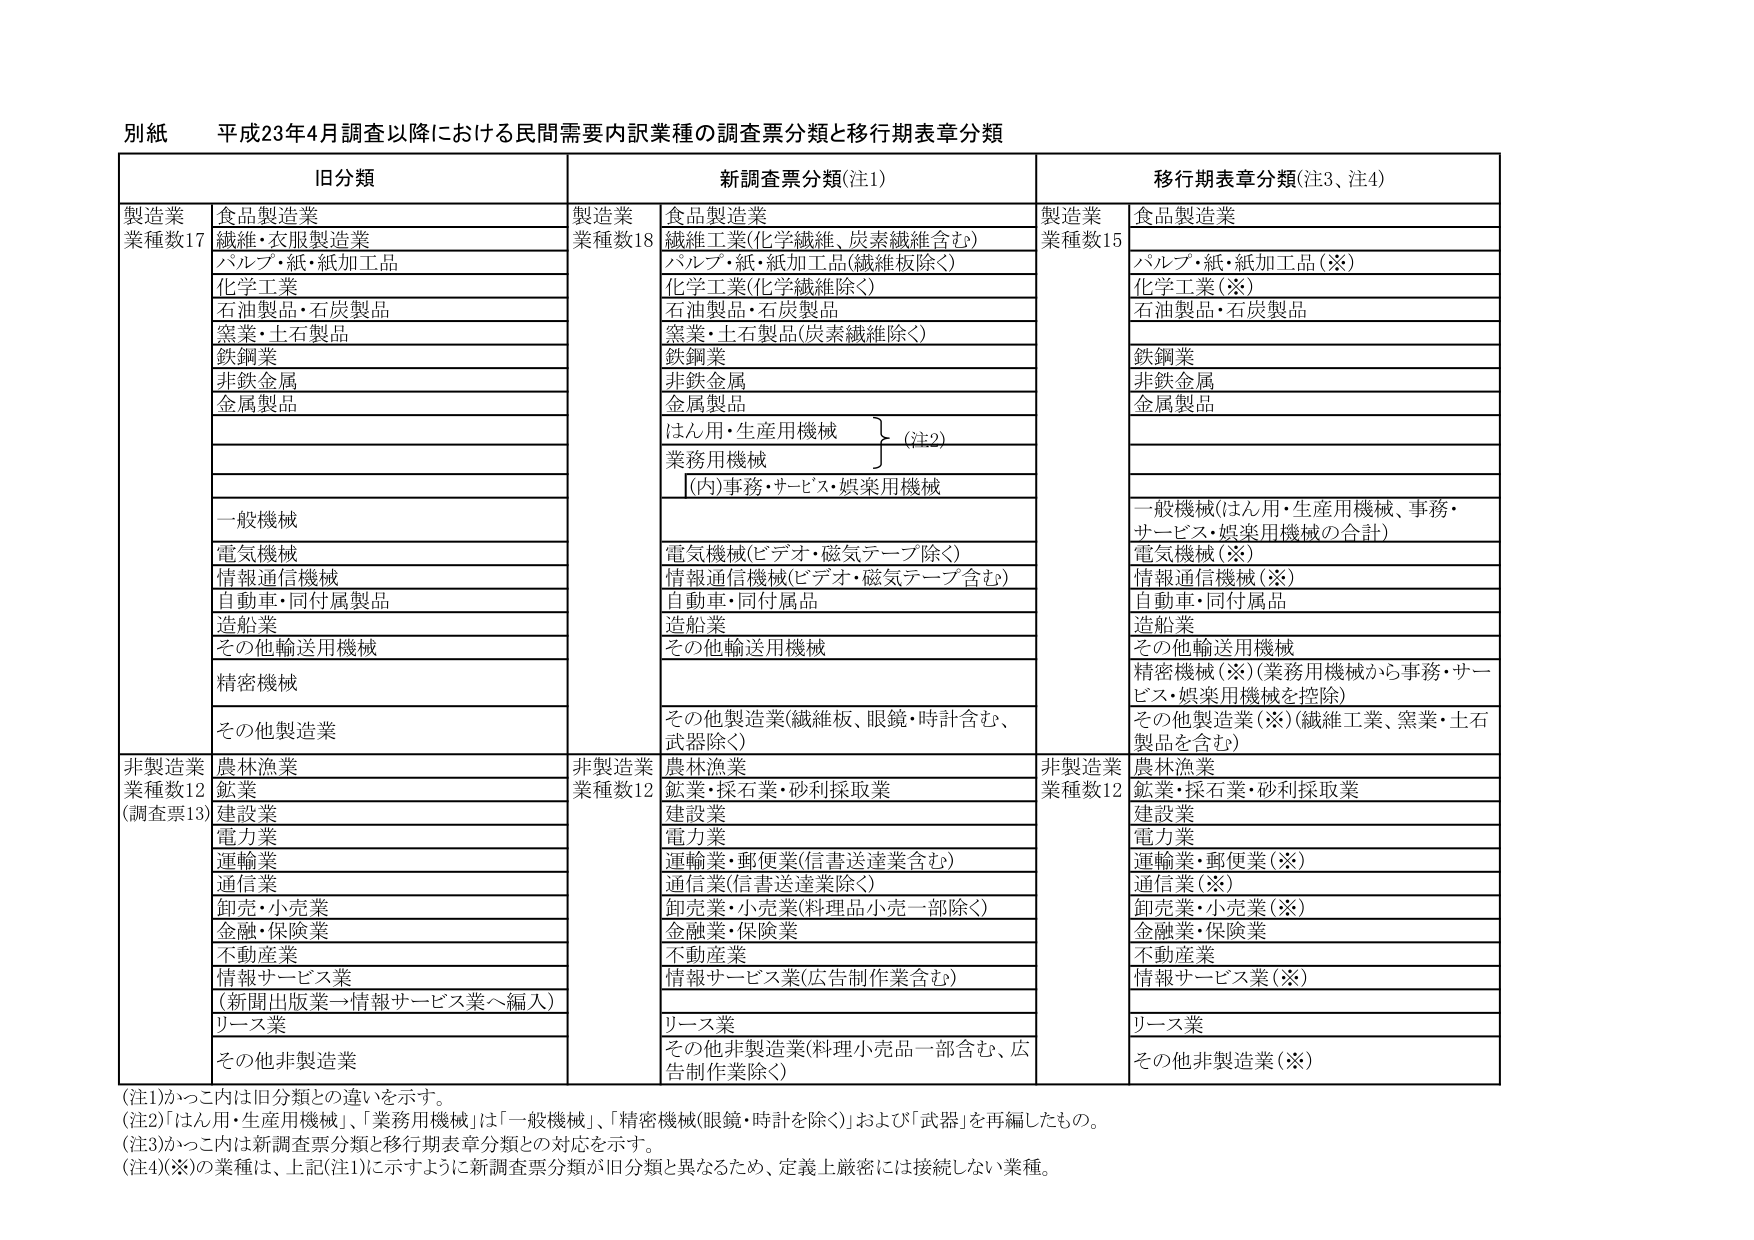
別紙 平成23年4月調査以降における民間需要内訳業種の調査票分類と移行期表章分類

旧分類 新調査票分類(注1) 移行期表章分類(注3、注4)

製造業 食品製造業 製造業 食品製造業 製造業 食品製造業
業種数17 繊維・衣服製造業 業種数18 繊維工業(化学繊維、炭素繊維含む) 業種数15
 パルプ・紙・紙加工品 パルプ・紙・紙加工品(繊維板除く) パルプ・紙・紙加工品(※)
 化学工業 化学工業(化学繊維除く) 化学工業(※)
 石油製品・石炭製品 石油製品・石炭製品 石油製品・石炭製品
 窯業・土石製品 窯業・土石製品(炭素繊維除く)
 鉄鋼業 鉄鋼業 鉄鋼業
 非鉄金属 非鉄金属 非鉄金属
 金属製品 金属製品 金属製品
 はん用・生産用機械 (注2)
 業務用機械
 [(内)事務・サービス・娯楽用機械
 一般機械 一般機械(はん用・生産用機械、事務・
 サービス・娯楽用機械の合計)
 電気機械 電気機械(ビデオ・磁気テープ除く) 電気機械(※)
 情報通信機械 情報通信機械(ビデオ・磁気テープ含む) 情報通信機械(※)
 自動車・同付属製品 自動車・同付属品 自動車・同付属品
 造船業 造船業 造船業
 その他輸送用機械 その他輸送用機械 その他輸送用機械
 精密機械 精密機械(※)(業務用機械から事務・サー
 ビス・娯楽用機械を控除)
 その他製造業 その他製造業(繊維板、眼鏡・時計含む、
 武器除く) その他製造業(※)(繊維工業、窯業・土石
 製品を含む)

非製造業 農林漁業 非製造業 農林漁業 非製造業 農林漁業
業種数12 鉱業 業種数12 鉱業・採石業・砂利採取業 業種数12 鉱業・採石業・砂利採取業
(調査票13) 建設業 建設業 建設業
 電力業 電力業 電力業
 運輸業 運輸業・郵便業(信書送達業含む) 運輸業・郵便業(※)
 通信業 通信業(信書送達業除く) 通信業(※)
 卸売・小売業 卸売業・小売業(料理品小売一部除く) 卸売業・小売業(※)
 金融・保険業 金融業・保険業 金融業・保険業
 不動産業 不動産業 不動産業
 情報サービス業 情報サービス業(広告制作業含む) 情報サービス業(※)
 (新聞出版業→情報サービス業へ編入)
 リース業 リース業 リース業
 その他非製造業 その他非製造業(料理小売品一部含む、広 その他非製造業(※)
 告制作業除く)

(注1)かっこ内は旧分類との違いを示す。
(注2)「はん用・生産用機械」、「業務用機械」は「一般機械」、「精密機械(眼鏡・時計を除く)」および「武器」を再編したもの。
(注3)かっこ内は新調査票分類と移行期表章分類との対応を示す。
(注4)(※)の業種は、上記(注1)に示すように新調査票分類が旧分類と異なるため、定義上厳密には接続しない業種。